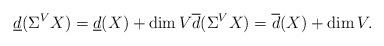
LaTeX: \begin{align*} \underline{d}(\Sigma^V X)= \underline{d}(X) + \dim V \overline{d}(\Sigma^V X)= \overline{d}(X) + \dim V. \end{align*}